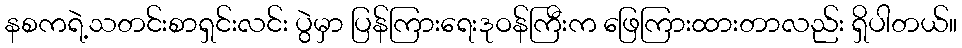
နစကရဲ့သတင်းစာရှင်းလင်း ပွဲမှာ ပြန်ကြားရေးဒုဝန်ကြီးက ဖြေကြားထားတာလည်း ရှိပါတယ်။